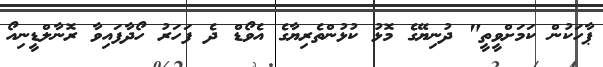
ޕާހަކުން ކަމަށްވީތީ" ދުނިޔޭގެ މޮޅު ކުޅުންތެރިޔާގެ އެވޯޑް ދެ ފަހަރު ހޯދާފައިވާ ރޮނާލްޑީނިއޯ